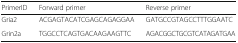
<table><thead><tr><td><b>PrimerID</b></td><td><b>Forward primer</b></td><td><b>Reverse primer</b></td></tr></thead><tbody><tr><td>Gria2</td><td>ACGAGTACATCGAGCAGAGGAA</td><td>GATGCCGTAGCCTTTGGAATC</td></tr><tr><td>Grin2a</td><td>TGGCCTCAGTGACAAGAAGTTC</td><td>AGACGGCTGCGTCATAGATGAA</td></tr></tbody></table>